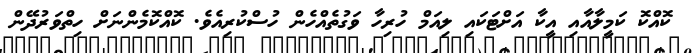
ކޮއްކޮ ކަމީލާއާއި އީކާ އަށްޓަކައި ލިއަމް ހުރިހާ ވަގުތެއްހެން ހުސްކުރިއެވެ. ކޮއްކޮމެންނަށް ހިތްވަރުދޭން